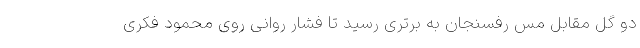
دو گل مقابل مس رفسنجان به برتری رسید تا فشار روانی روی محمود فکری